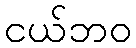
ငယ်ဘဝ